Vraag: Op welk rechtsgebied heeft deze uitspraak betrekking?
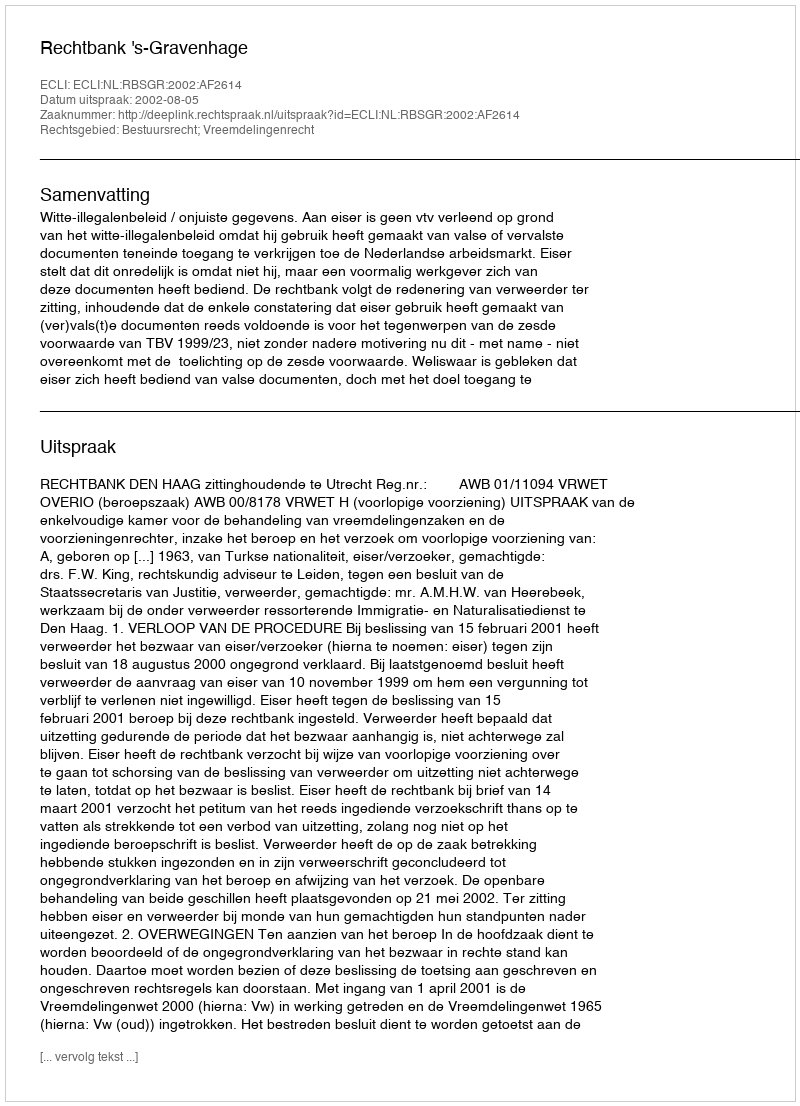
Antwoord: Bestuursrecht; Vreemdelingenrecht